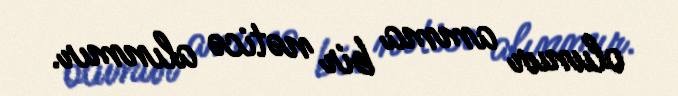
olunur amma bir nəticə alınmır.